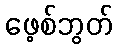
ဖေ့စ်ဘွတ်